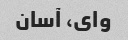
وای، آسان